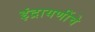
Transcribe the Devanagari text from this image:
इंद्रायणींचे